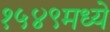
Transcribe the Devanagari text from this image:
१५४९मध्ये